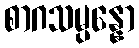
စာဂသမ္ပန္နော